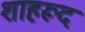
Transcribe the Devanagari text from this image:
शाहरूद